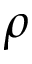
\rho